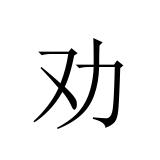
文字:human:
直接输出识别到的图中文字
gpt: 劝